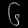
Digit: ၆